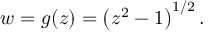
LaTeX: w = g ( z ) = \left( z ^ { 2 } - 1 \right) ^ { 1 / 2 } .